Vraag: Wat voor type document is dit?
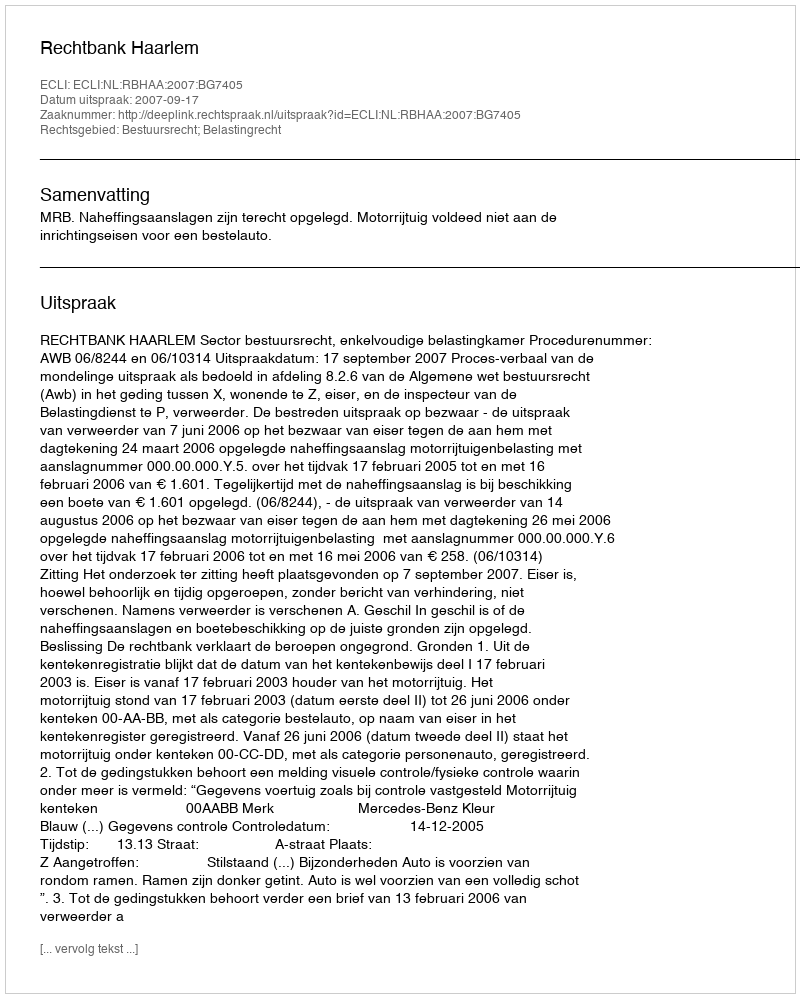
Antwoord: Uitspraak